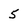
Character: 5